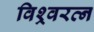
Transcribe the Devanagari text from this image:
विश्र्वरत्न